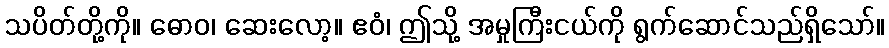
သပိတ်တို့ကို။ ဓောဝ၊ ဆေးလော့။ ဧဝံ၊ ဤသို့ အမှုကြီးငယ်ကို ရွက်ဆောင်သည်ရှိသော်။